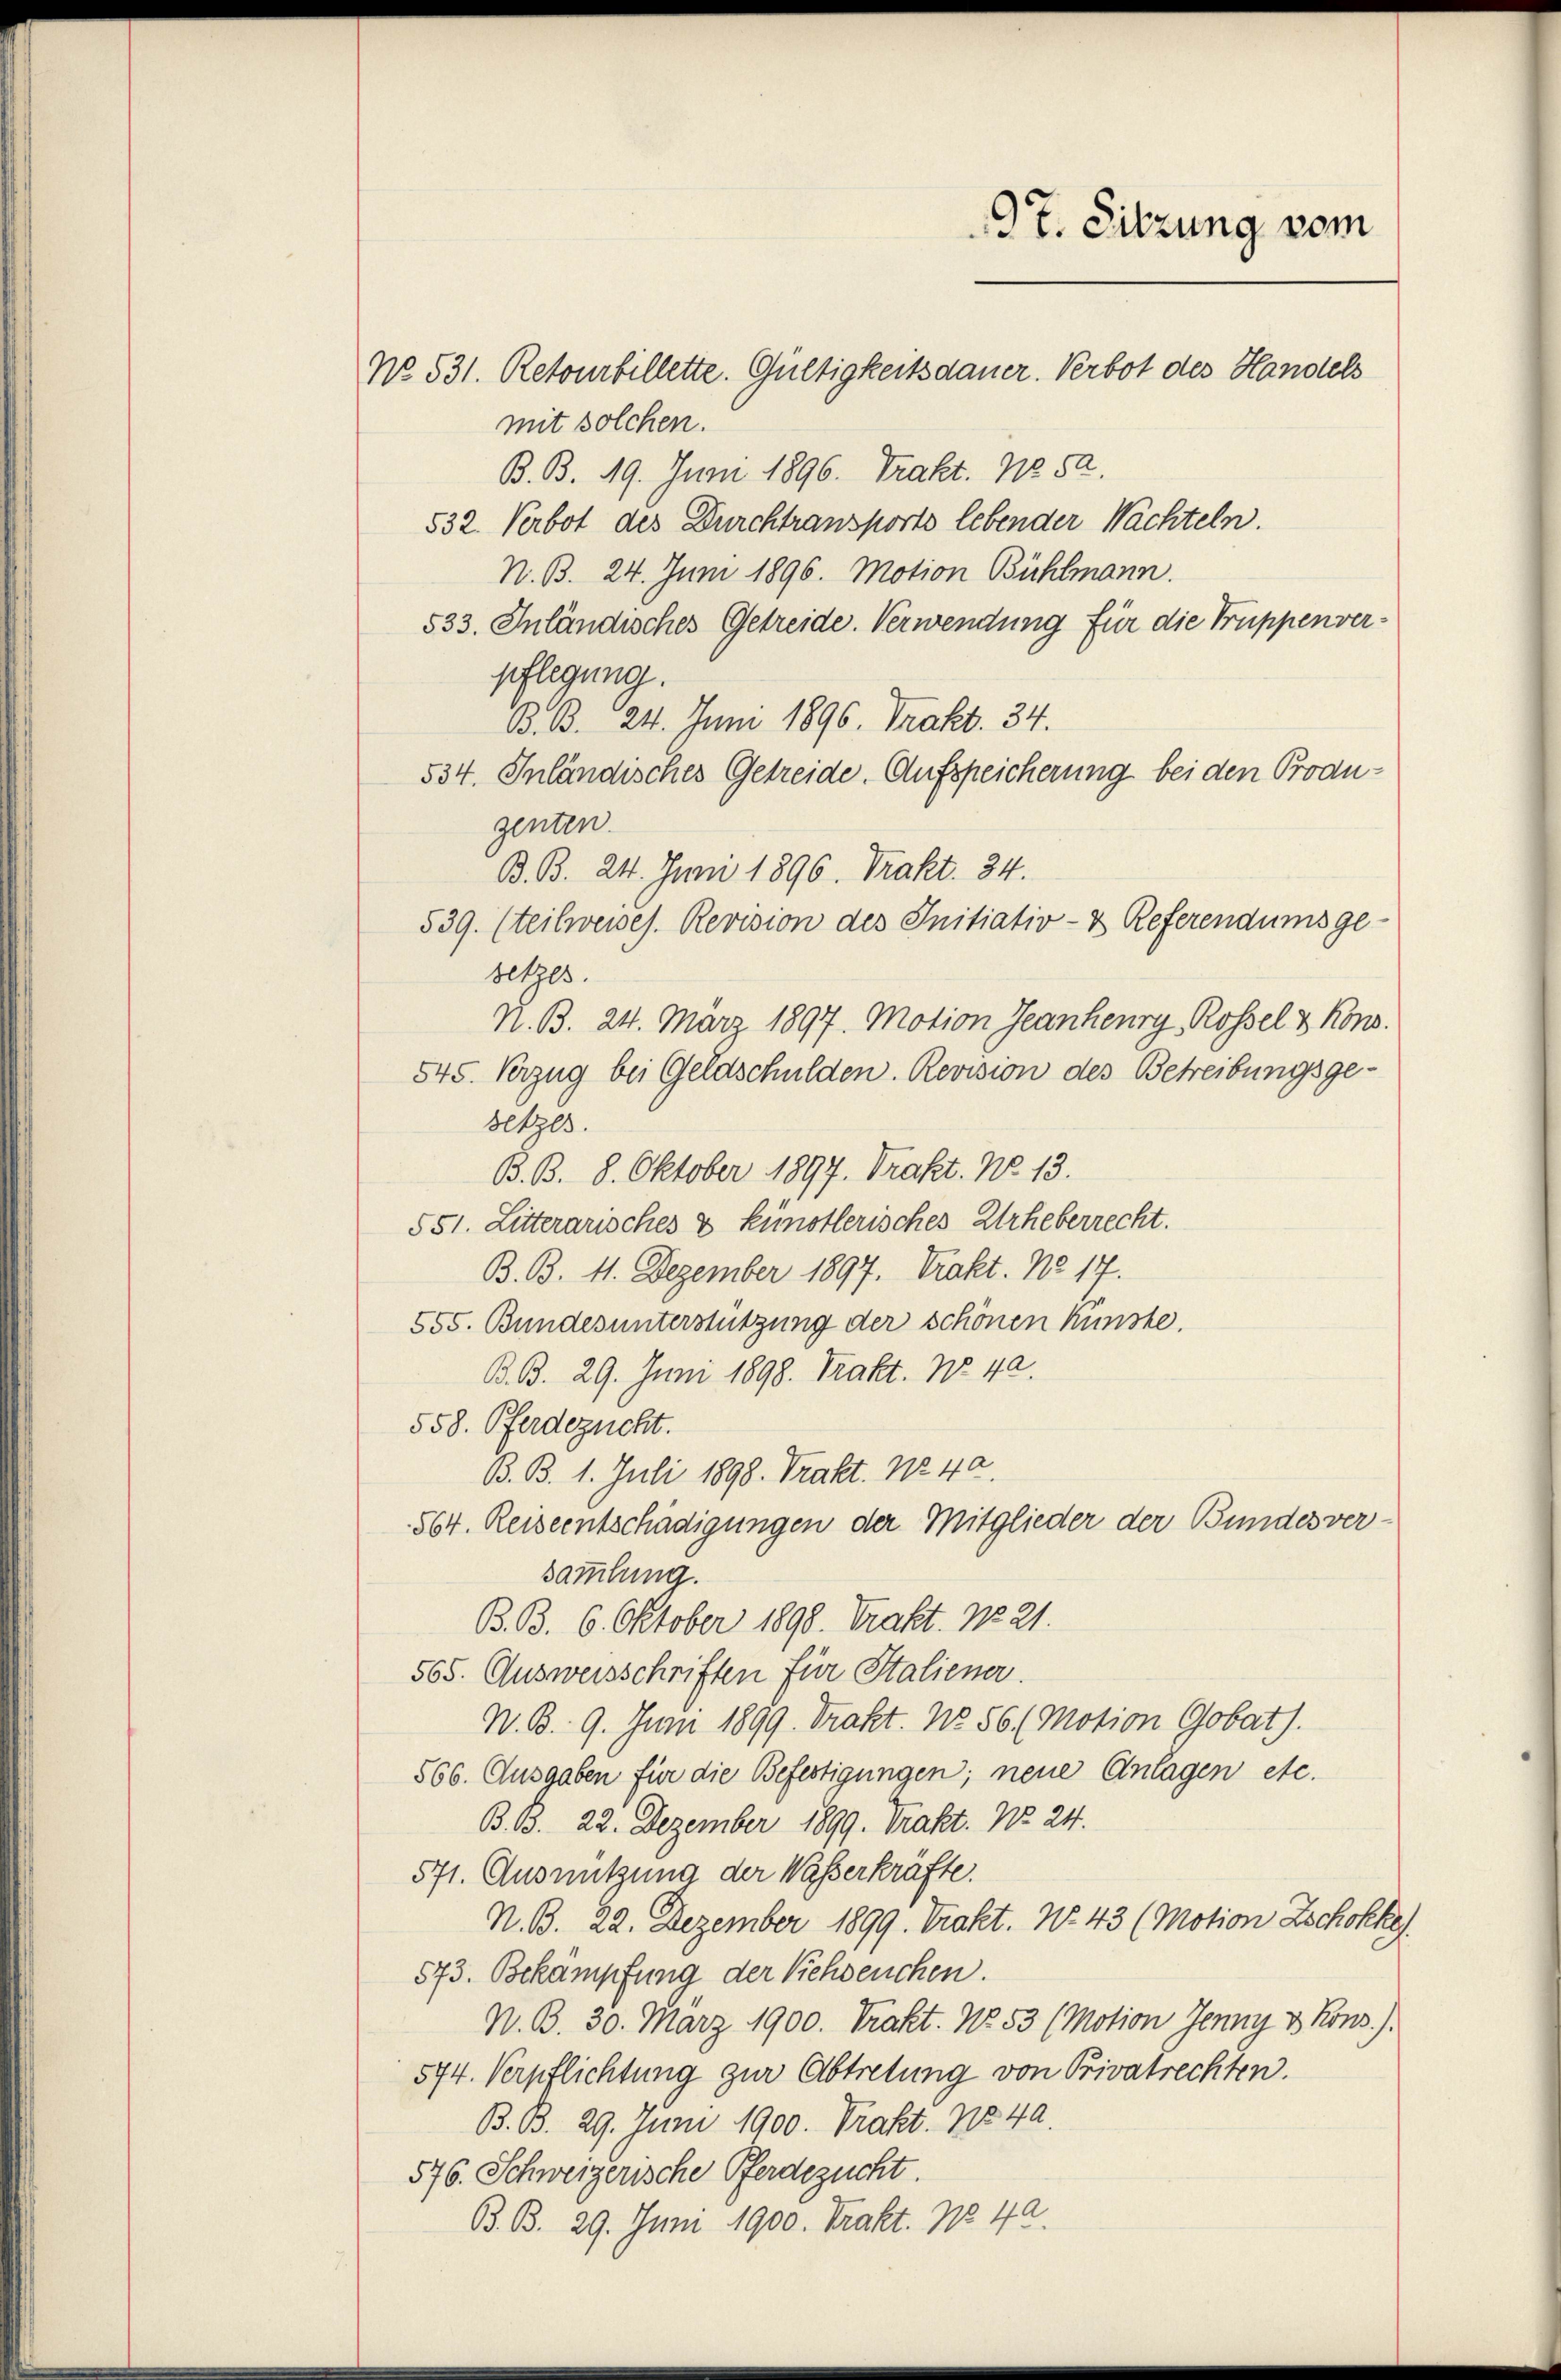
97. Sitzung vom

No. 531. Retourbillette. Gültigkeitsdauer. Verbot des Handels
mit solchen.
B. B. 19. Juni 1896. Trakt. 11252.
532. Verbot des Durchtransports lebender Nachteln.
N. B. 24. Juni 1896. Motion Bühlmann.
533. Inländisches Getreide. Verwendung für die Truppenverpflegung.
B. B. 24. Juni 1896. Trakt. 34.
534. Inländisches Getreide. Aufspeicherung bei den Produzenten.
B. B. 24. Juni 1896. Trakt. 24.
539. (teilweises. Revision des Initiativ- & Referendums ge-
setzes.
N. B. 24. März 1897. Motion Jeanheurg, Rossel & Kons.
545. Verzug bei Geldschulden. Revision des Betreibungsgesetzes.
B. B. 8. Oktober 1897. Prakt. No. 13.
551. Litterarisches & künstlerisches Urheberrecht.
B. B. 11. Dezember 1897. Prakt. No 17.
555. Bundes unterstützung der schönen Künste.
B. B. 29. Juni 1898. Trakt. No. 42.
558. Pferdezucht.
B. B. 1. Juli 1898. Trakt. 1842.
564. Reiseentschädigungen der Mitglieder der Bundesver-
sammlung.
B. B. 6. Oktober 1898. Trakt. 1821.
505. Ausweisschriften für Staliener.
N. B. 9. Juni 1899. Trakt. No. 56 (Motion Gobat).
566. Ausgaben für die Befestigungen; neue Anlagen etc.
B. B. 22. Dezember 1899. Trakt. No 24.
571. Ausnutzung der Waßerkräfte.
N. B. 22. Dezember 1899. Trakt. No. 43 (Motion Zschokke
573. Bekämpfung der Siehseuchen.
N. B. 30. März 1900. Trakt. No. 53 (Motion Jenny v. Kons.)
574. Verpflichtung zur Abtretung von Privatrechten.
B. B. 29. Juni 1900. Prakt. 1849.
576. Schweizerische Pferdezucht.
B. B. 29. Juni 1900. Prakt. 178 42.